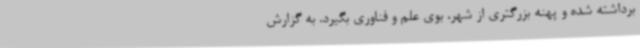
برداشته شده و پهنه بزرگتری از شهر، بوی علم و فناوری بگیرد. به گزارش